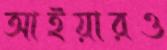
আইয়ারও